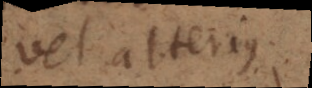
vel alterius